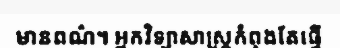
មានពណ៌។ អ្នកវិទ្យាសាស្ត្រកំពុងតែធ្វើ